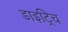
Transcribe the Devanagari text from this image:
डाइट्रिच